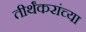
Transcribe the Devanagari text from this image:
तीर्थंकरांच्या